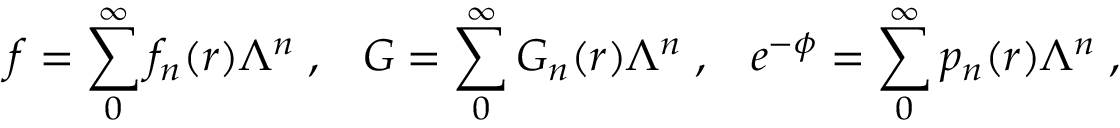
f = \sum _ { 0 } ^ { \infty } f _ { n } ( r ) \Lambda ^ { n } \; , \; \; \; G = \sum _ { 0 } ^ { \infty } G _ { n } ( r ) \Lambda ^ { n } \; , \; \; \; e ^ { - \phi } = \sum _ { 0 } ^ { \infty } p _ { n } ( r ) \Lambda ^ { n } \; ,